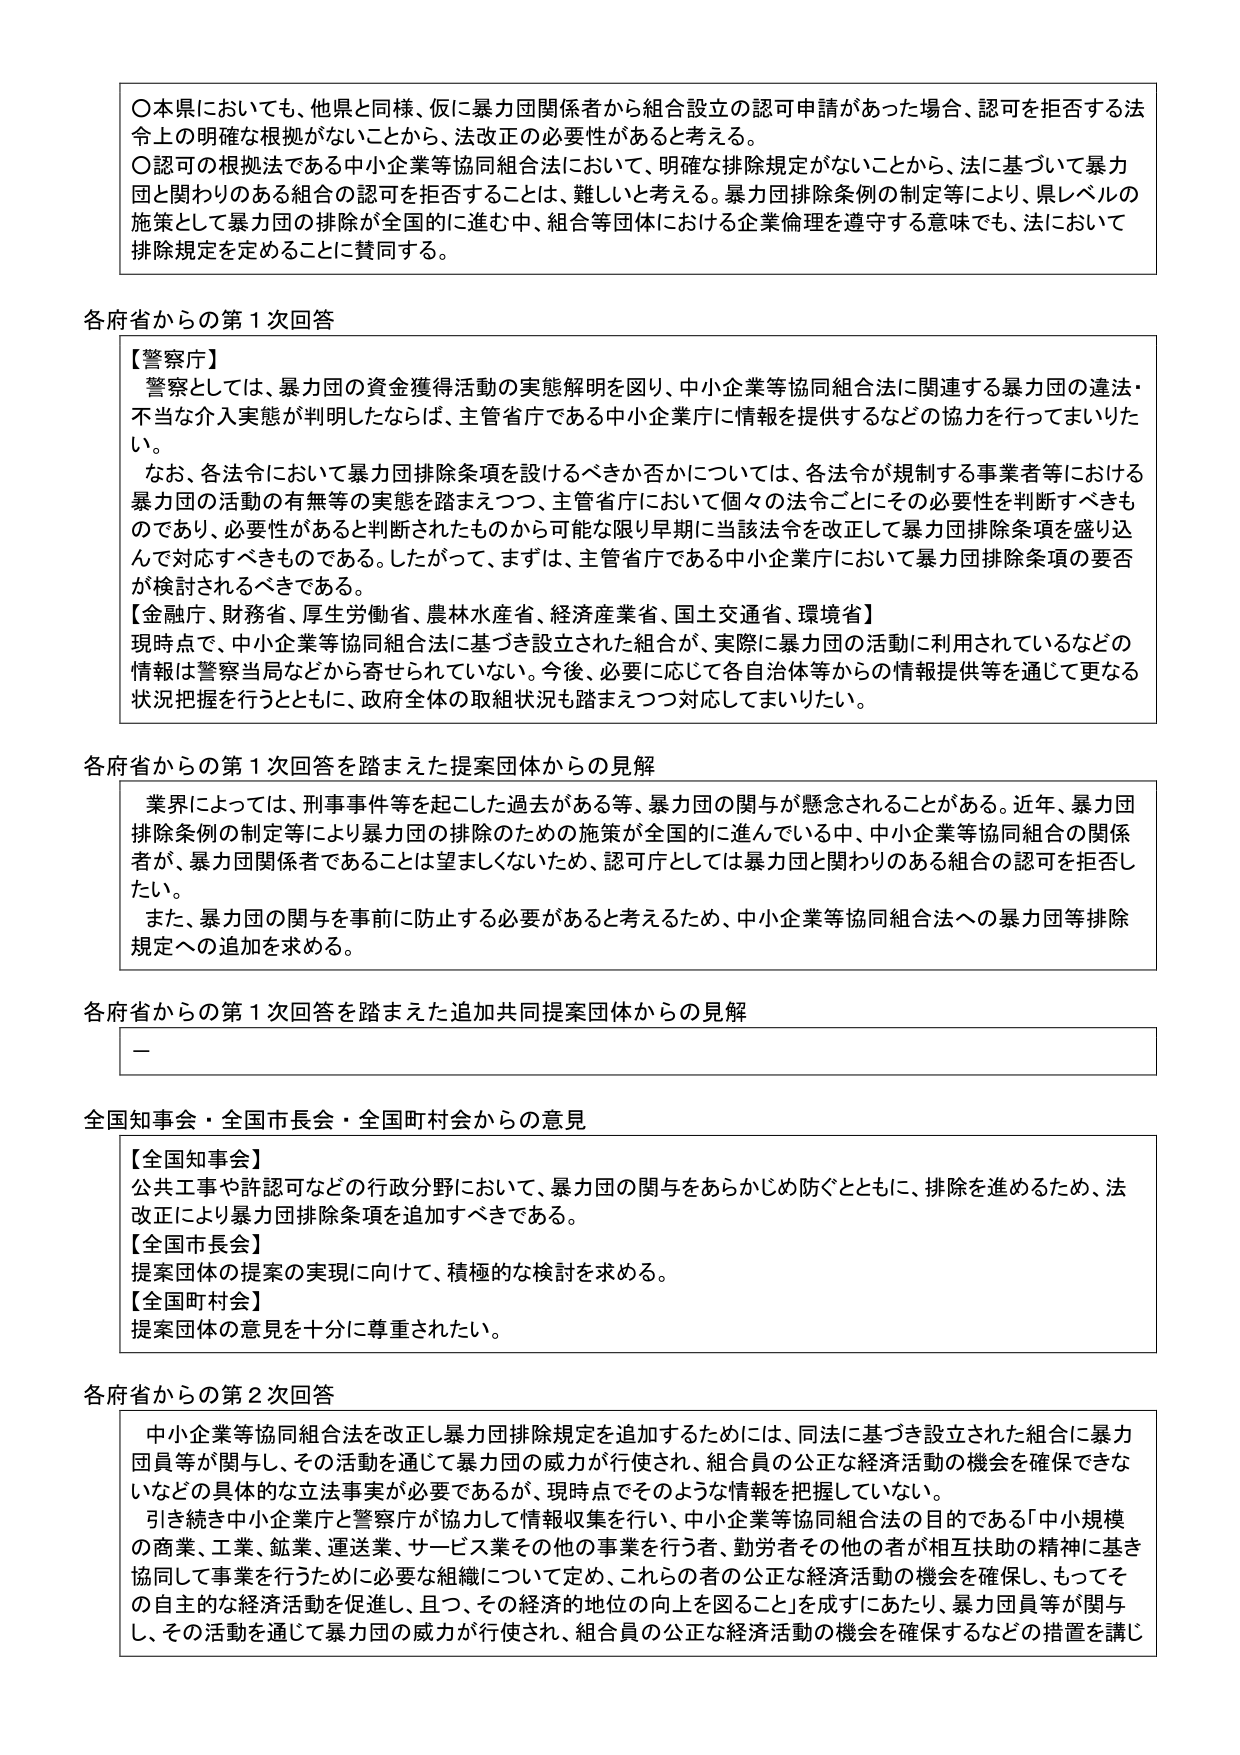
〇本県においても、他県と同様、仮に暴力団関係者から組合設立の認可申請があった場合、認可を拒否する法令上の明確な根拠がないことから、法改正の必要性があると考える。
〇認可の根拠法である中小企業等協同組合法において、明確な排除規定がないことから、法に基づいて暴力団と関わりのある組合の認可を拒否することは、難しいと考える。暴力団排除条例の制定等により、県レベルの施策として暴力団の排除が全国的に進む中、組合等団体における企業倫理を遵守する意味でも、法において排除規定を定めることに賛同する。

各府省からの第１次回答

【警察庁】
警察としては、暴力団の資金獲得活動の実態解明を図り、中小企業等協同組合法に関連する暴力団の違法・不当な介入実態が判明したならば、主管省庁である中小企業庁に情報を提供するなどの協力を行ってまいりたい。
なお、各法令において暴力団排除条項を設けるべきか否かについては、各法令が規制する事業者等における暴力団の活動の有無等の実態を踏まえつつ、主管省庁において個々の法令ごとにその必要性を判断すべきものであり、必要性があると判断されたものから可能な限り早期に当該法令を改正して暴力団排除条項を盛り込んで対応すべきものである。したがって、まずは、主管省庁である中小企業庁において暴力団排除条項の要否が検討されるべきである。
【金融庁、財務省、厚生労働省、農林水産省、経済産業省、国土交通省、環境省】
現時点で、中小企業等協同組合法に基づき設立された組合が、実際に暴力団の活動に利用されているなどの情報は警察当局などから寄せられていない。今後、必要に応じて各自治体等からの情報提供等を通じて更なる状況把握を行うとともに、政府全体の取組状況も踏まえつつ対応してまいりたい。

各府省からの第１次回答を踏まえた提案団体からの見解

業界によっては、刑事事件等を起こした過去がある等、暴力団の関与が懸念されることがある。近年、暴力団排除条例の制定等により暴力団の排除のための施策が全国的に進んでいる中、中小企業等協同組合の関係者が、暴力団関係者であることは望ましくないため、認可庁としては暴力団と関わりのある組合の認可を拒否したい。
また、暴力団の関与を事前に防止する必要があると考えるため、中小企業等協同組合法への暴力団等排除規定への追加を求める。

各府省からの第１次回答を踏まえた追加共同提案団体からの見解

－

全国知事会・全国市長会・全国町村会からの意見

【全国知事会】
公共工事や許認可などの行政分野において、暴力団の関与をあらかじめ防ぐとともに、排除を進めるため、法改正により暴力団排除条項を追加すべきである。
【全国市長会】
提案団体の提案の実現に向けて、積極的な検討を求める。
【全国町村会】
提案団体の意見を十分に尊重されたい。

各府省からの第２次回答

中小企業等協同組合法を改正し暴力団排除規定を追加するためには、同法に基づき設立された組合に暴力団員等が関与し、その活動を通じて暴力団の威力が行使され、組合員の公正な経済活動の機会を確保できないなどの具体的な立法事実が必要であるが、現時点でそのような情報を把握していない。
引き続き中小企業庁と警察庁が協力して情報収集を行い、中小企業等協同組合法の目的である「中小規模の商業、工業、鉱業、運送業、サービス業その他の事業を行う者、勤労者その他の者が相互扶助の精神に基づき協同して事業を行うために必要な組織について定め、これらの者の公正な経済活動の機会を確保し、もってその自主的な経済活動を促進し、且つ、その経済的地位の向上を図ること」を成すにあたり、暴力団員等が関与し、その活動を通じて暴力団の威力が行使され、組合員の公正な経済活動の機会を確保するなどの措置を講じ